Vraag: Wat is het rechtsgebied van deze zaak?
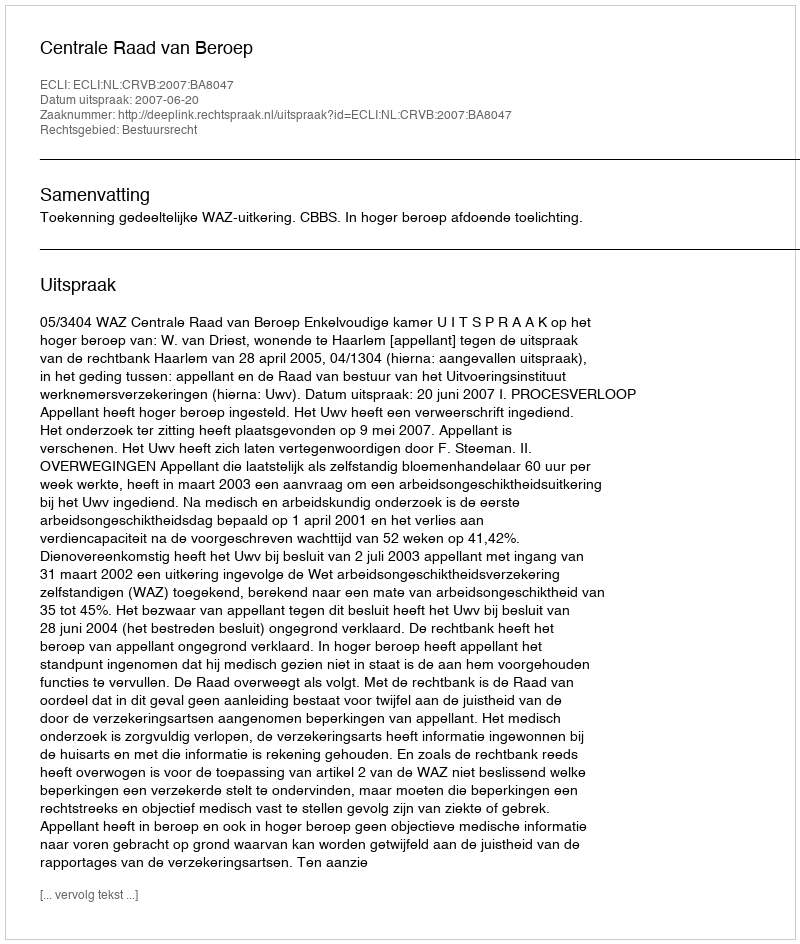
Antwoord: Bestuursrecht